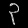
Digit: ၃